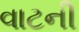
વાટની